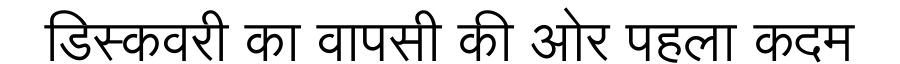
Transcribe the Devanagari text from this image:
डिस्कवरी का वापसी की ओर पहला कदम